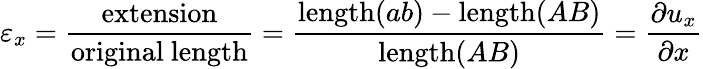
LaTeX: \varepsilon_{x}={\frac{\mathrm{extension}}{\mathrm{original~length}}}={\frac{\mathrm{length}(ab)-\mathrm{length}(AB)}{\mathrm{length}(AB)}}={\frac{\partial u_{x}}{\partial x}}